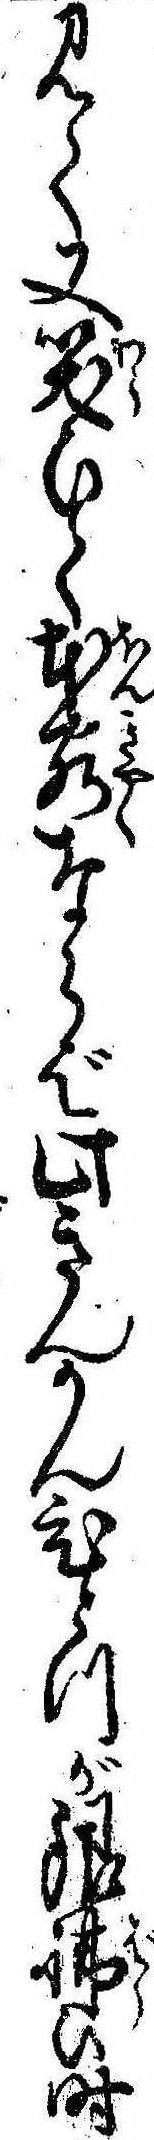
見て又笑ひて本客ならば此きんかんひとつが銀払ひ時